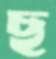
ছ